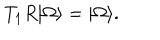
T _ { 1 } R \vert \Omega \rangle = \vert \Omega \rangle .